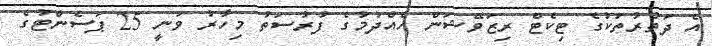
އެ ދަތުރުތަކުގެ ޓިކެޓް ރިޒަވޭޝަން ހެއްދުމުގެ ފުރުސަތު މިހާރު ވަނީީ 25 ޕަސެންޓުގެ